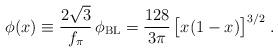
LaTeX: \begin{align*} \phi (x) \equiv \frac{2 \sqrt{3}}{f_\pi} \, \phi_\mathrm{BL} = \frac{128}{3 \pi} \, \big[x (1-x)\big]^{3/2} \; .\end{align*}